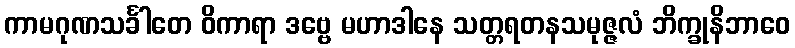
ကာမဂုဏသင်္ခါတေ ဝိကာရာ ဒဗ္ဗေ မဟာဒါနေ သတ္တရတနသမုဇ္ဇလံ ဘိက္ခုနိဘာဝေ